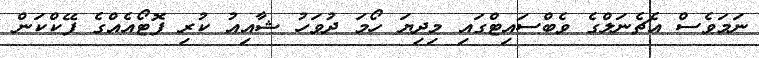
ނަމަވެސް އެޗެނަލްގެ ވެބްސައިޓްގައި މިދިޔަ ހޯމަ ދުވަހު ޝާއިއު ކުރި ފޮޓޯއެއްގެ ފޭކްކަން